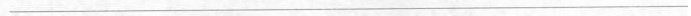
___